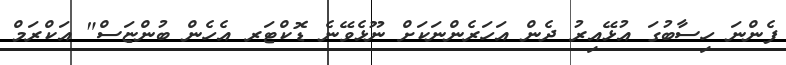
ފެންނަ ހިސާބުގަ އުޅޭއިރު ދެން އަހަރެންނަކަށް ނޫޅެވޭނެ ޑޮކްޓަރ އެހެން ބުންޏަސް" އަކްރަމް